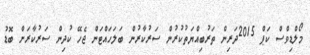
މޯލްޑިވްސް ކަޕް 2015ދަރިން ތަރުބިއްޔަތުކުރުން ސަރުކާރުން ބަލަހައްޓަން ޖެހޭ ކުދިން ސަރުކާރަށް ބޮޑު